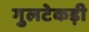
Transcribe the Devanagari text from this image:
गुलटेकड़ी